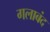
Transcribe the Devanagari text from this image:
गलाबंद